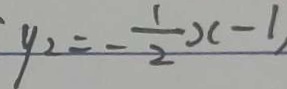
\cdot y _ { 2 } = - \frac { 1 } { 2 } x - 1 ,